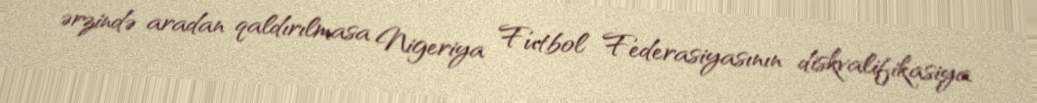
ərzində aradan qaldırılmasa Nigeriya Futbol Federasiyasının diskvalifikasiya